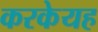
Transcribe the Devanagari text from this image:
करकेयह